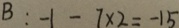
B : - 1 - 7 \times 2 = - 1 5